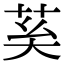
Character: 𦮐